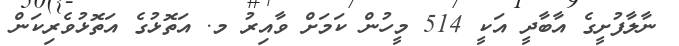
ނާލާފުށީގެ އާބާދީ އަކީ 514 މީހުން ކަމަށް ވާއިރު މ. އަތޮޅުގެ އަތޮޅުވެރިކަން